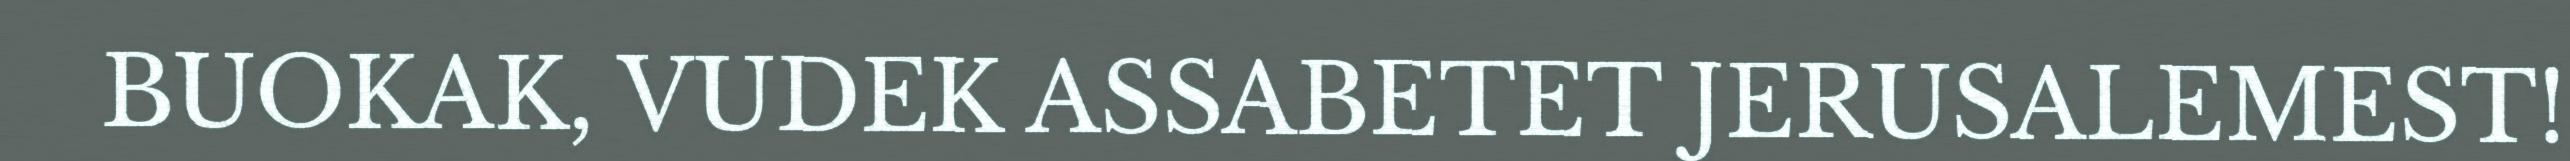
BUOKAK, VUDEK ASSABETET JERUSALEMEST!